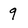
Character: 9